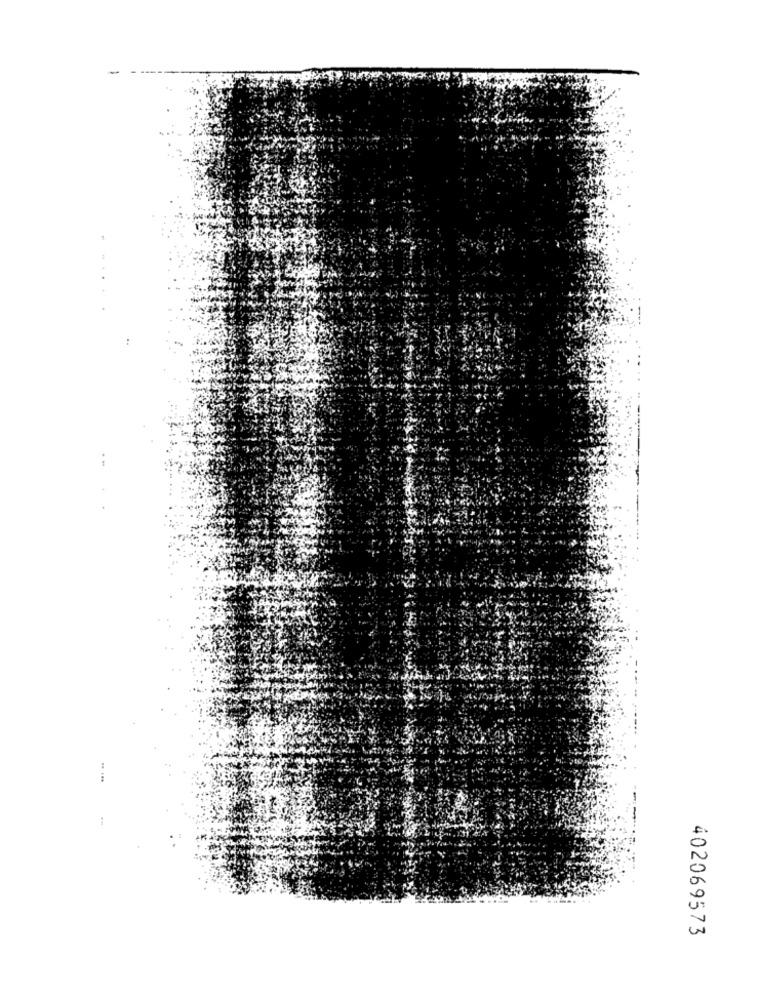
402069573